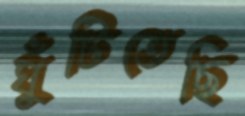
ঘুঁটিতেছি